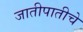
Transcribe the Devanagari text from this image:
जातीपातीचे